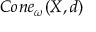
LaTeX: C o n e _ { \omega } ( X , d )